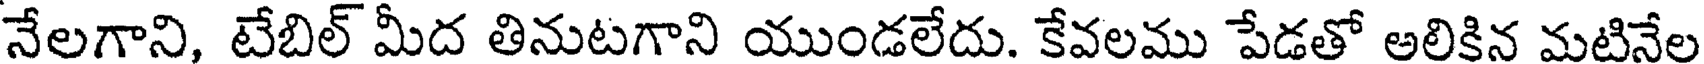
నేలగాని, టేబిల్ మీద తినుటగాని యుండలేదు. కేవలము పేడతో అలికిన మటినేల